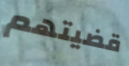
قضيتهم